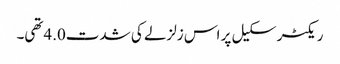
ریکٹر سکیل پر اس زلزلے کی شدت4.0تھی۔